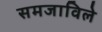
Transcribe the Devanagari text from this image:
समजाविले